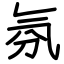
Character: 氛